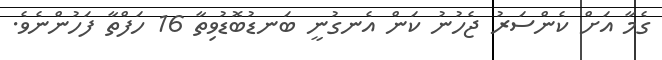
ގެމާ އަށް ކެންސަރު ޖެހުނު ކަން އެނގުނީ ބަނޑުބޮޑުވިތާ 16 ހަފްތާ ފަހުންނެވެ.